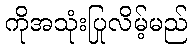
ကိုအသုံးပြုလိမ့်မည်